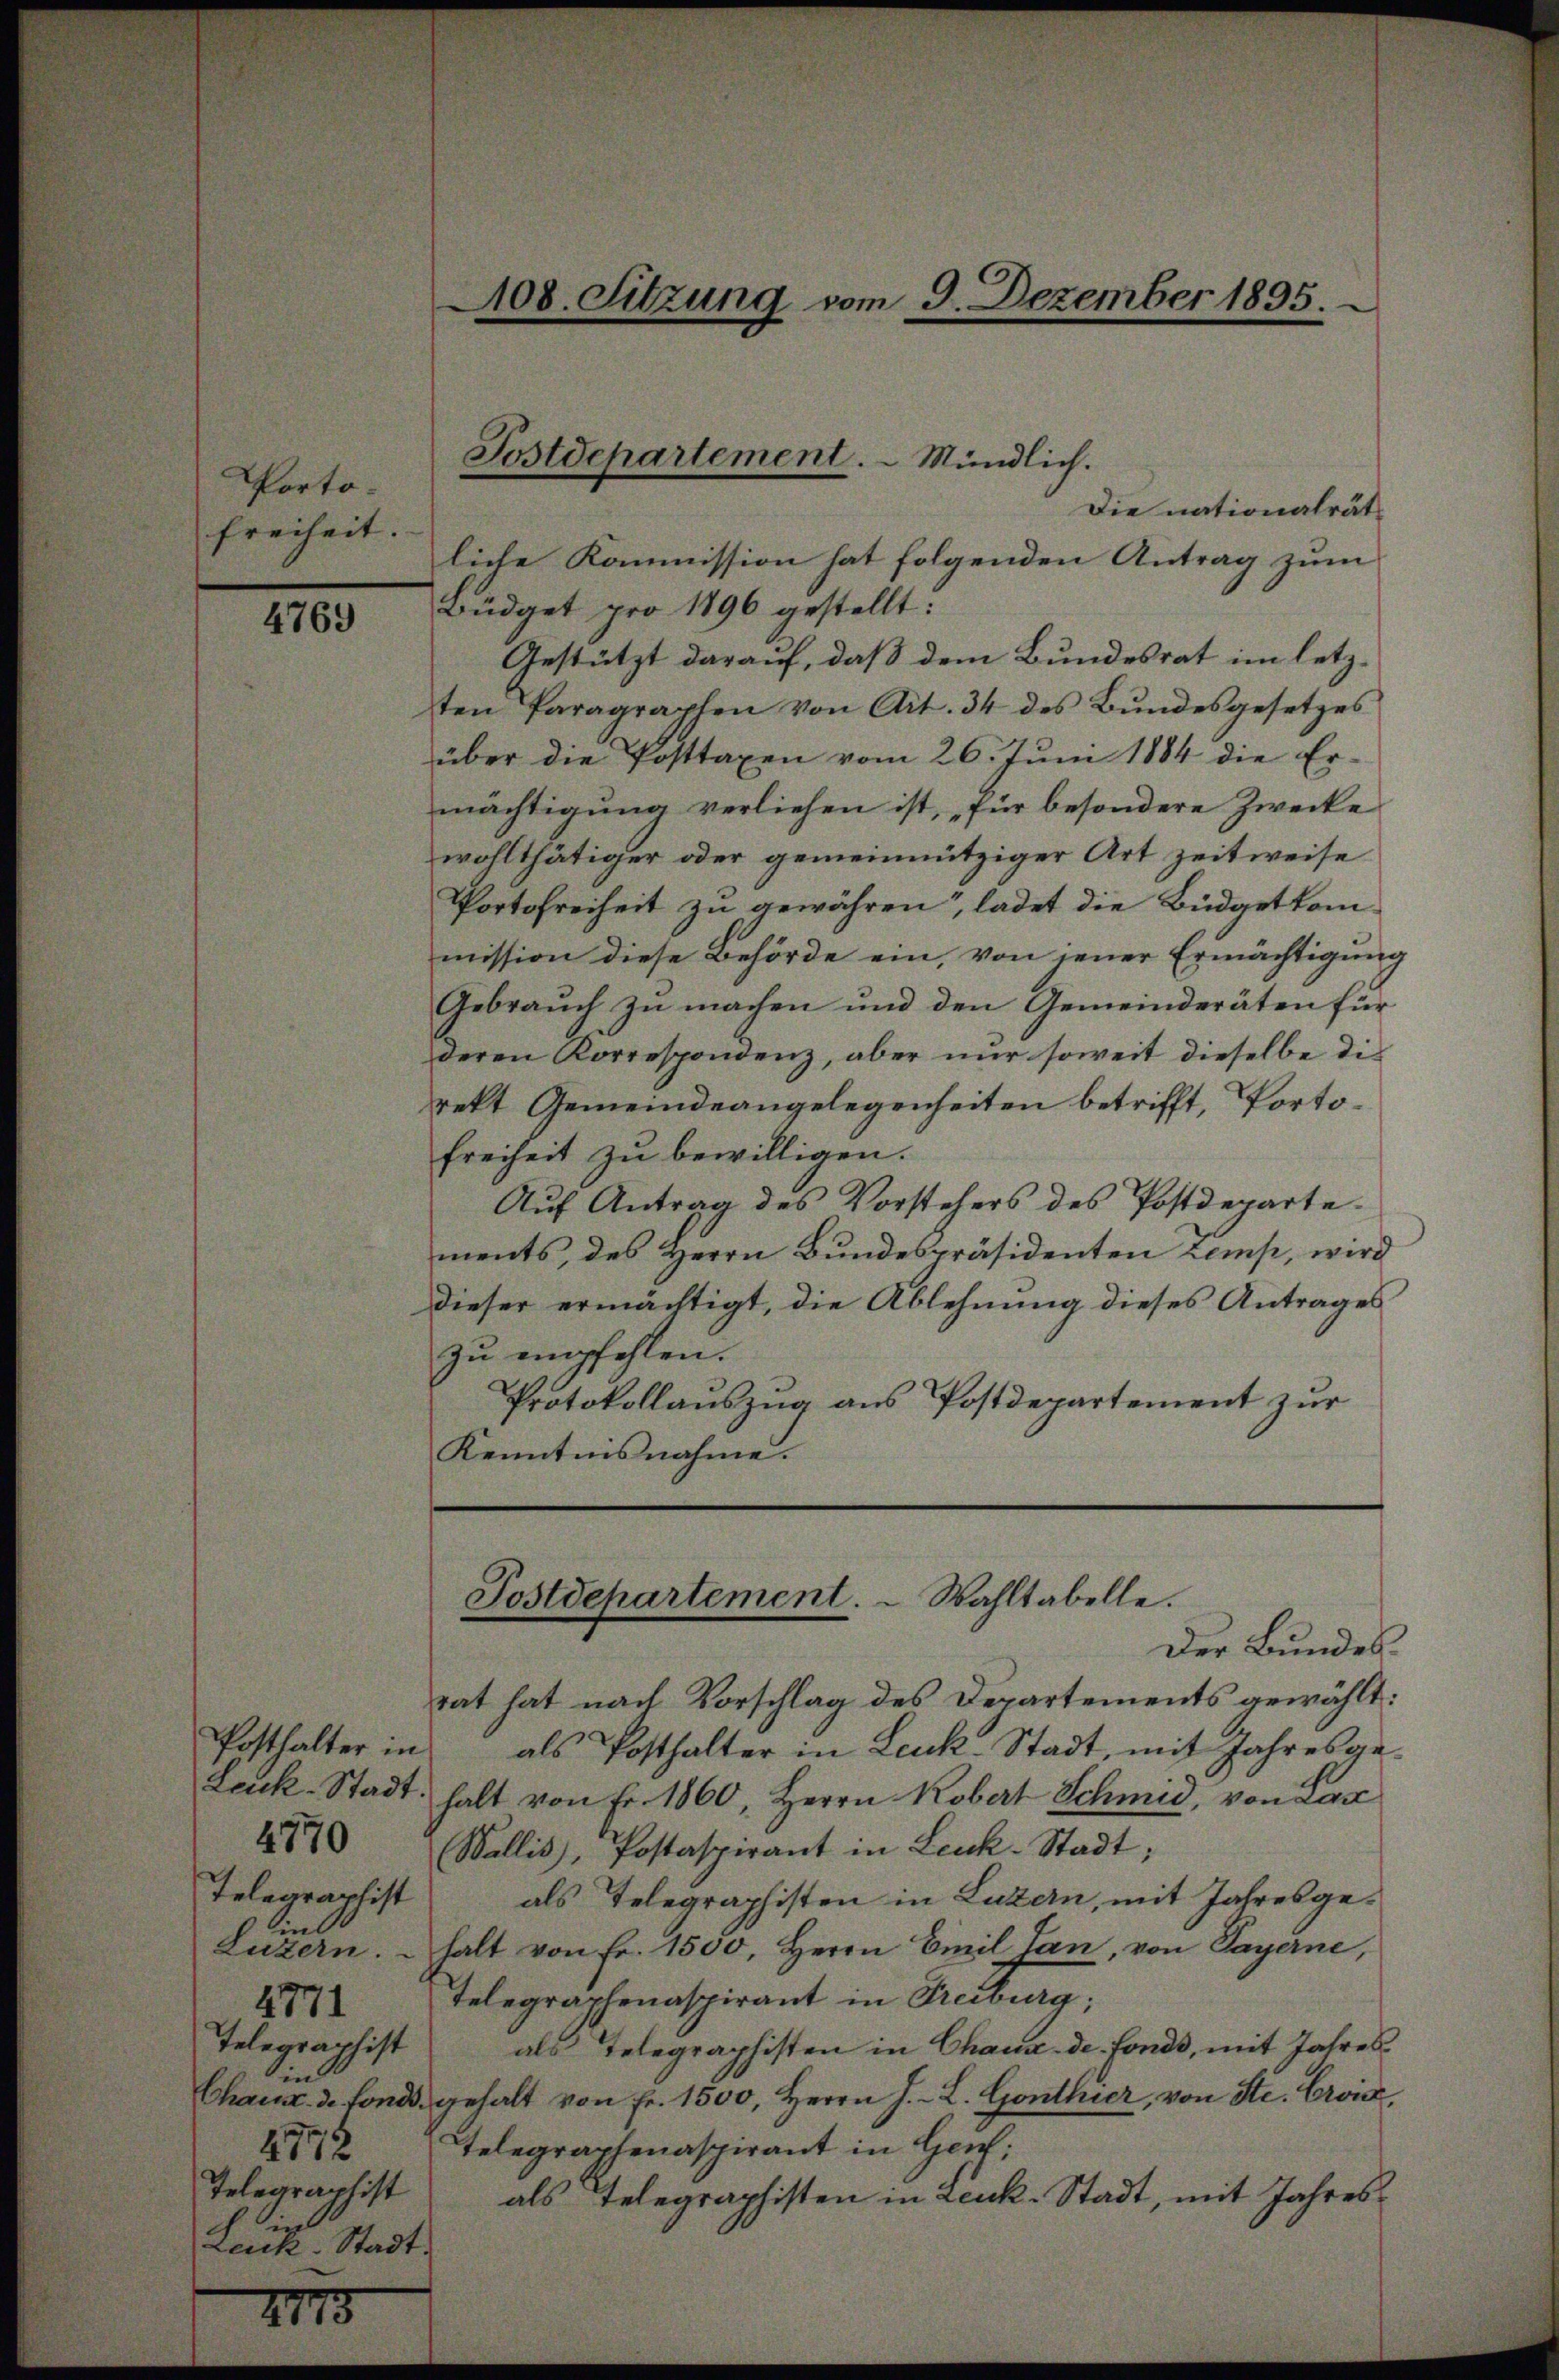
Porto¬
Freiheit.

4769

Telegraphist
Telegraphist
in
4772
Telegraphist
ie
Leuk-Stadt.

2775

Die nationalrätliche Kommission hat folgenden Antrag zum
Büdget pro 1896 gestellt:
Gestützt darauf, daß dem Bundesrat im letzten Paragraphen von Art. 34 des Bŭndesgesetzes
über die Posttaxen vom 26. Juni 1884 die Ermächtigung verliehen ist, für besondere Zwecke
wohlthätiger oder gemeinnütziger Art zeitweise
Portofreiheit zu gewähren, ladet die Büdgetkommission diese Behörde ein, von jener Ermächtigung
Gebrauch zu machen und den Gemeinderäten für
deren Korrespondenz, aber nur soweit dieselbe die
rekt Gemeindeangelegenheiten betrifft, Porto¬
Freiheit zu bewilligen.
Auf Antrag des Vorstehers des Postdepartements, des Herrn Bundespräsidenten zemp, wird
dieser ermächtigt, die Ablehnung dieses Antrages
zu empfehlen.
Protokollaŭszŭg ans Postdepartement zŭr
Kenntnisnahme.

108. Sitzung vom 9. Dezember 1895.

Postdepartement. – Mündlich.

Postdepartement. Wahltabelle.

Der Bundes.
rat hat nach Vorschlag des Departements gewählt:
Posthalter in als Posthalter in Leuk-Stadt, mit Jahresge-
Leuk-Stadt, halt von Fr. 1860, Herrn Kobert Schmid, von Lan
4 Wallis, Postaspirant in Leuk-Stadt,
als Telegraphisten in Luzern, mit Jahresge¬
Luzern. Halt von Fr. 1500, Herrn Emil Lan, von Payerne,
 Telegraphenaspirant in Freiburg;
als Telegraphisten in Chaux-de-Fonds, mit Jahres
Chaus. 3. Fonds gehalt von Fr. 1500, Herrn J. L. Gonthier, von Str. Croix,
Telegraphenaspirant in Hen;
als Telegraphisten in Leuk-Stadt, mit Jahres¬